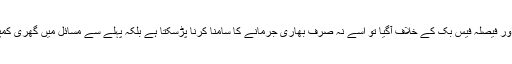
مبصرین کا کہنا ہے کہ اگر یہ مقدمہ یورپی عدالت انصاف میں گیا اور فیصلہ فیس بک کے خلاف آگیا تو اسے نہ صرف بھاری جرمانے کا سامنا کرنا پڑسکتا ہے بلکہ پہلے سے مسائل میں گھری کمپنی کو مارکیٹ میں ایک بڑے حصے سے ہاتھ دھونا پڑ سکتے ہیں۔